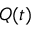
Q ( t )